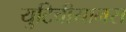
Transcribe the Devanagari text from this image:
युटिचीयानस